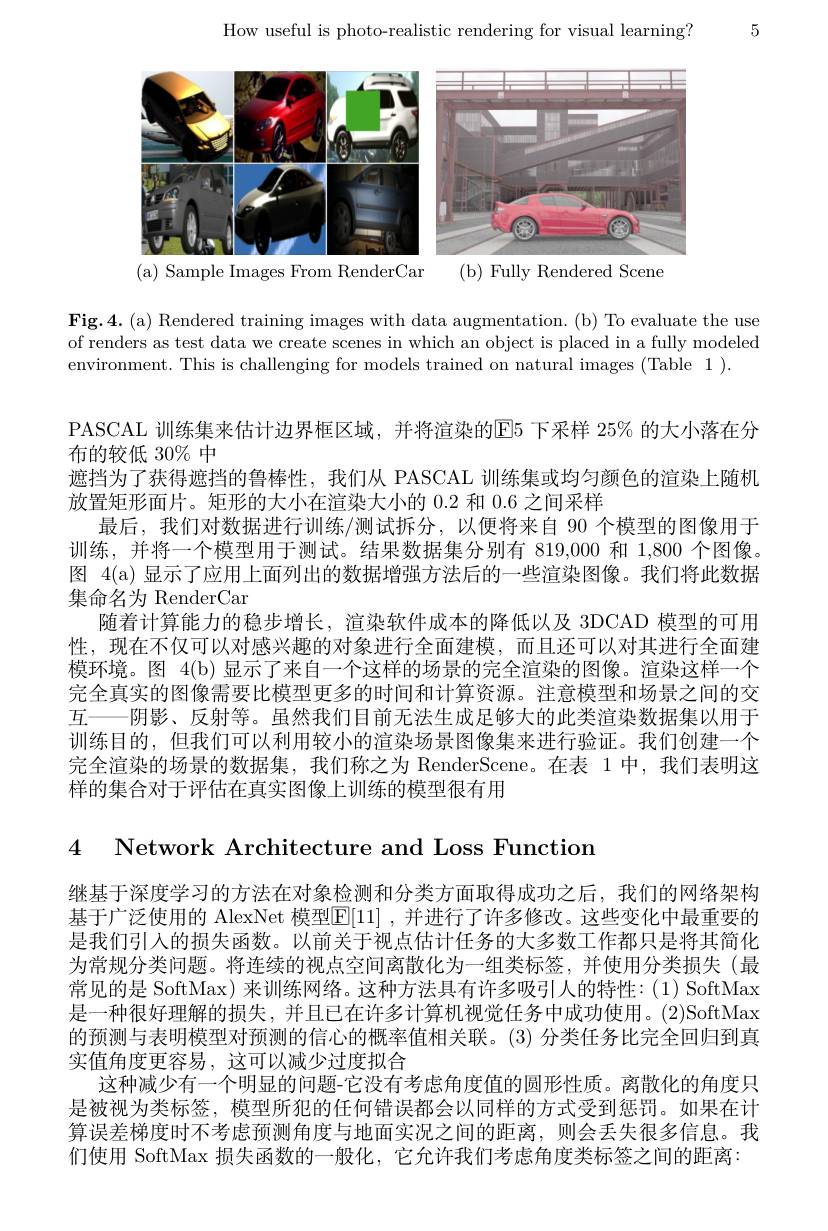
How useful is photo-realistic rendering for visual learning?

5

<FigureHere>

Fig.4. (a) Rendered training images with data augmentation. (b) To evaluate the use of renders as test data we create scenes in which an object is placed in a fully modeled environment. This is challenging for models trained on natural images (Table 1).

PASCAL 训练集来估计边界框区域，并将渲染的E5 下采样 25% 的大小落在分
布的较低 30% 中
遮挡为了获得遮挡的鲁棒性，我们从 PASCAL 训练集或均匀颜色的渲染上随机
放置矩形面片。矩形的大小在渲染大小的 0.2 和 0.6 之间采样
最后，我们对数据进行训练/测试拆分，以便将来自 90 个模型的图像用于训练，并将一个模型用于测试。结果数据集分别有 819,000 和 1,800 个图像。图 4(a) 显示了应用上面列出的数据增强方法后的一些渲染图像。我们将此数据集命名为 RenderCar
随着计算能力的稳步增长，渲染软件成本的降低以及 3DCAD 模型的可用性，现在不仅可以对感兴趣的对象进行全面建模，而且还可以对其进行全面建模环境。图 4(b) 显示了来自一个这样的场景的完全渲染的图像。渲染这样一个完全真实的图像需要比模型更多的时间和计算资源。注意模型和场景之间的交互——阴影、反射等。虽然我们目前无法生成足够大的此类渲染数据集以用于训练目的，但我们可以利用较小的渲染场景图像集来进行验证。我们创建一个完全渲染的场景的数据集，我们称之为 RenderScene。在表 1 中，我们表明这样的集合对于评估在真实图像上训练的模型很有用

4 Network Architecture and Loss Function

继基于深度学习的方法在对象检测和分类方面取得成功之后，我们的网络架构基于广泛使用的 AlexNet 模型$\boxed{\mathrm{E}}[11]$ ,并进行了许多修改。这些变化中最重要的是我们引入的损失函数。以前关于视点估计任务的大多数工作都只是将其简化为常规分类问题。将连续的视点空间离散化为一组类标签，并使用分类损失(最常见的是 SoftMax) 来训练网络。这种方法具有许多吸引人的特性：(1) SoftMax 是一种很好理解的损失，并且已在许多计算机视觉任务中成功使用。(2)SoftMax 的预测与表明模型对预测的信心的概率值相关联。(3) 分类任务比完全回归到真实值角度更容易，这可以减少过度拟合
这种减少有一个明显的问题-它没有考虑角度值的圆形性质。离散化的角度只是被视为类标签，模型所犯的任何错误都会以同样的方式受到惩罚。如果在计算误差梯度时不考虑预测角度与地面实况之间的距离，则会丢失很多信息。我们使用 SoftMax 损失函数的一般化，它允许我们考虑角度类标签之间的距离